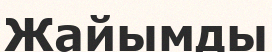
Жайымды